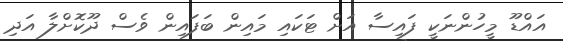
އައްޑޫ މީހުންނަކީ ފައިސާ އަށް ޓަކައި މައިން ބަފައިން ވެސް ދޫކޮށްލާ އަދި